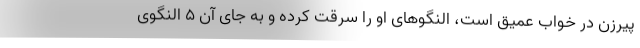
پیرزن در خواب عمیق است، النگو‌های او را سرقت کرده و به جای آن ۵ النگوی